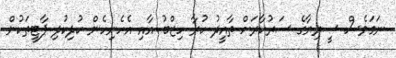
ނަމަވެސް ސީރިޔާގެ ސަރުކާރަށް ތާއީދު ކުރާ ހިޒްބު އާއި އެހެނިހެން ކުދިކުދި ޕާޓީތަކުން